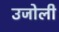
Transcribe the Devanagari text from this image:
उजोली